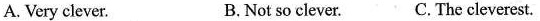
A. Very clever. B.Not so clever. C.The cleverest.